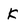
Character: K